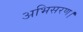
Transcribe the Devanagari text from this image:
अभिसरण।